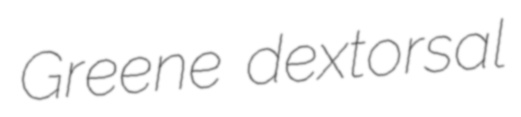
Greene dextorsal